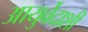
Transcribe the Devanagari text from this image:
आयुर्वेदाशी